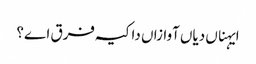
ایہناں دیاں آوازاں دا کیہ فرق اے؟